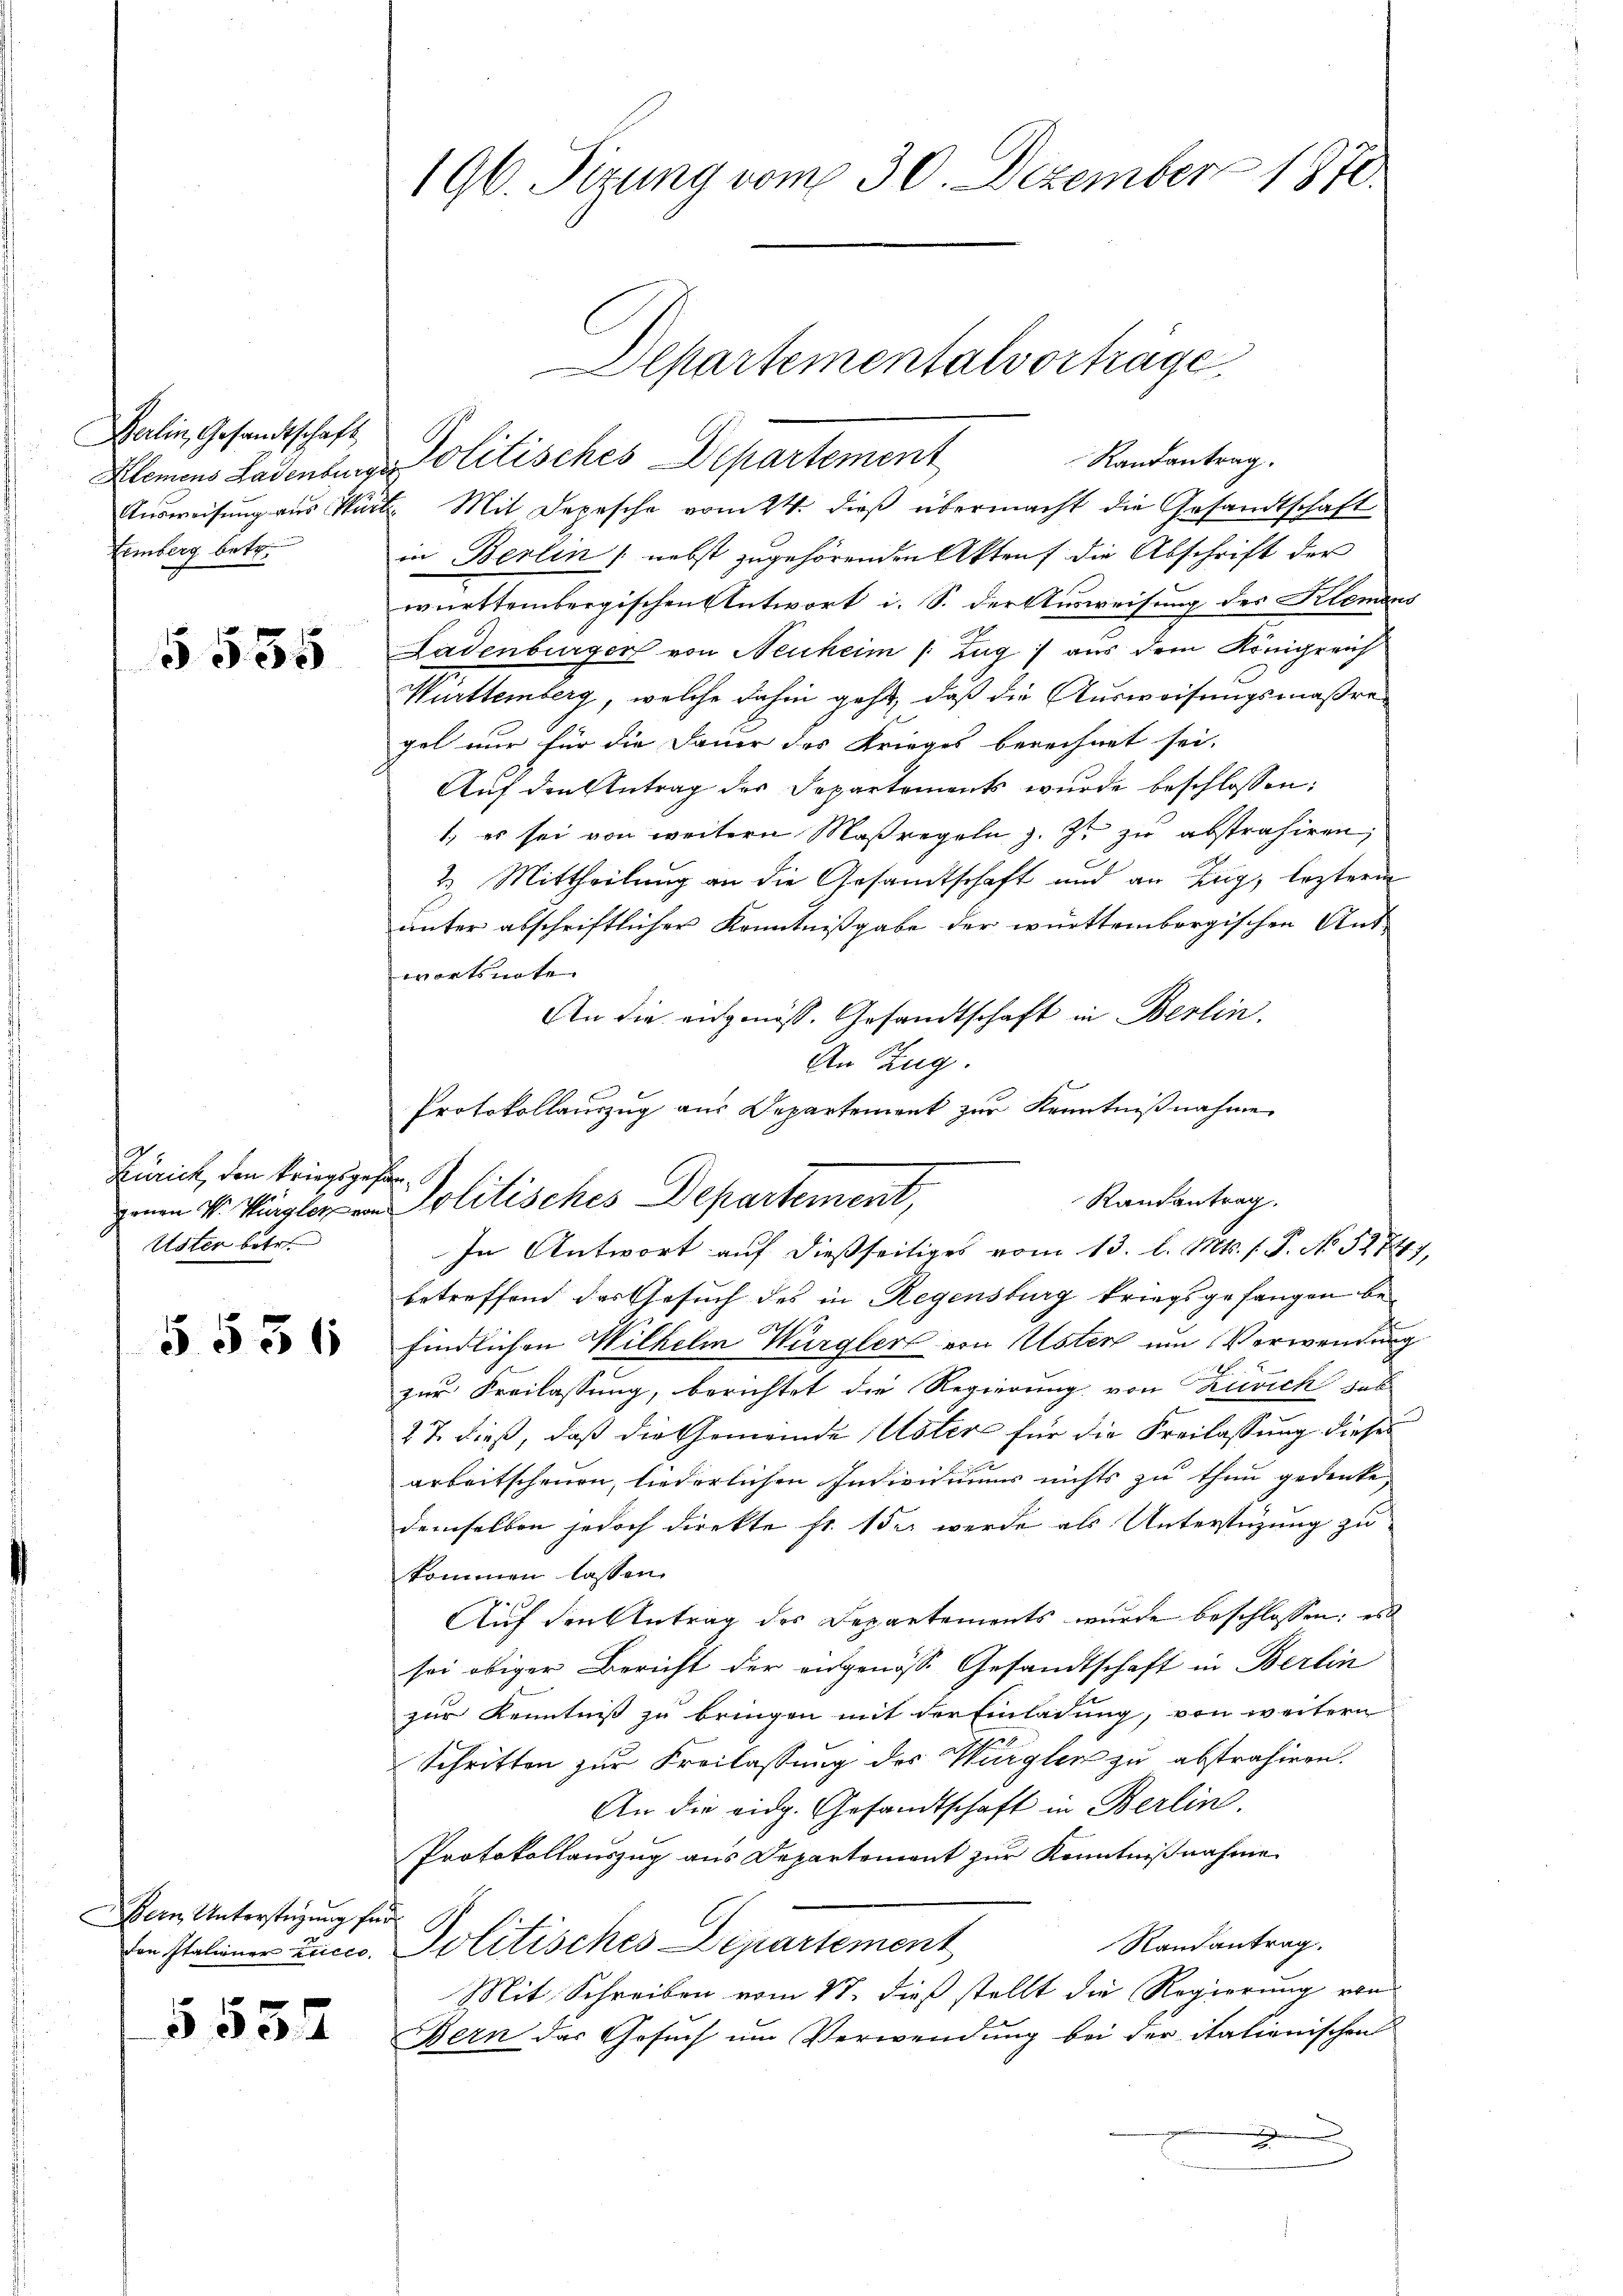
Balin, Gesandtschaft,
Lemberg betr.

§535

19
Zurick, den kriegsge¬
Uster betr.

§. 531

Bern Unterstüzung für

5535

196. Sizung vom 30. Dezember 1870

Randantrag.
Ausweisung aus Würte. Mit Depesche vom 24. dieß übermacht die Gesandtschaft
in Berlin nebst zugehörenden Aktens die Abschrift der
württembergischen Antwort i. S. der Ausweisung des Klemens
Ladenburger von Neuheim (Zug) aus dem Königreich
Württemberg, welche dahin geht, daß die Ausweisungsmaßregel nur für die Dauer des Krieges berechnet sei.
Auf den Antrag der Departements wurde beschlossen:
1, es sei von weitern Maßregeln z. Zt. zu abstrahiren,
2. Mittheilung an die Gesandtschaft und an Zug, lezteren
unter abschriftlicher Kenntnißgabe der württembergischen Ant-
wortsnate
An die eingmöss. Gesandtschaft in Berlin
An Zug.
Protokollauszug aus Departement zur Kenntnißnahme

Klemens Ladensensolitisches Departement

Departementalvorträge.

e
Randantrag.
mnen V. Pürgler von Politisches Departement,

In Antwort auf dießseitiges vom 13. l. Mts. f. P. No. 5874),
betreffend das Gesuch des in Regensburg kriegsgefangen befindlichen Wilhelm Würgler von Uster um Verwendung
zur Freilassung, berichtet die Regierung von Zürich hab
27. dieß, daß die Gemeinde Uster für die Freilassung dieses
arbeitscheuen, liederlichen Individuums nichts zu thun gedenke,
demselben jedoch direkte fr. 1 der werde als Unterstüzung zu
kommen lassen.
Auf den Antrag des Departements wurde beschlossen: es
sei obiger Bericht der angenosse Gesandtschaft in Berlin
zur Kenntniß zu bringen mit der Einladung, von weitern
Schritten zur Freilassung der Wiegler zu abstrahiren.
An die eidg. Gesandtschaft in Berlin.
Protokollauszug aus Departement zur Kenntnißnahme.
Randantrag.
den Italiener Lucco Politisches Departement
Mit Schreiben vom 27. dieß stellt die Regierung von
Bern das Gesuch um Verwendung bei der itationischen
.